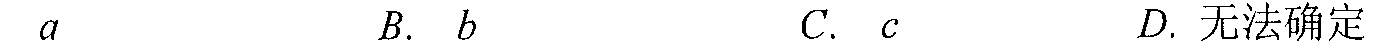
\(a\quad B.\ b\quad C.\ c\quad D.\)无法确定